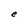
Character: e